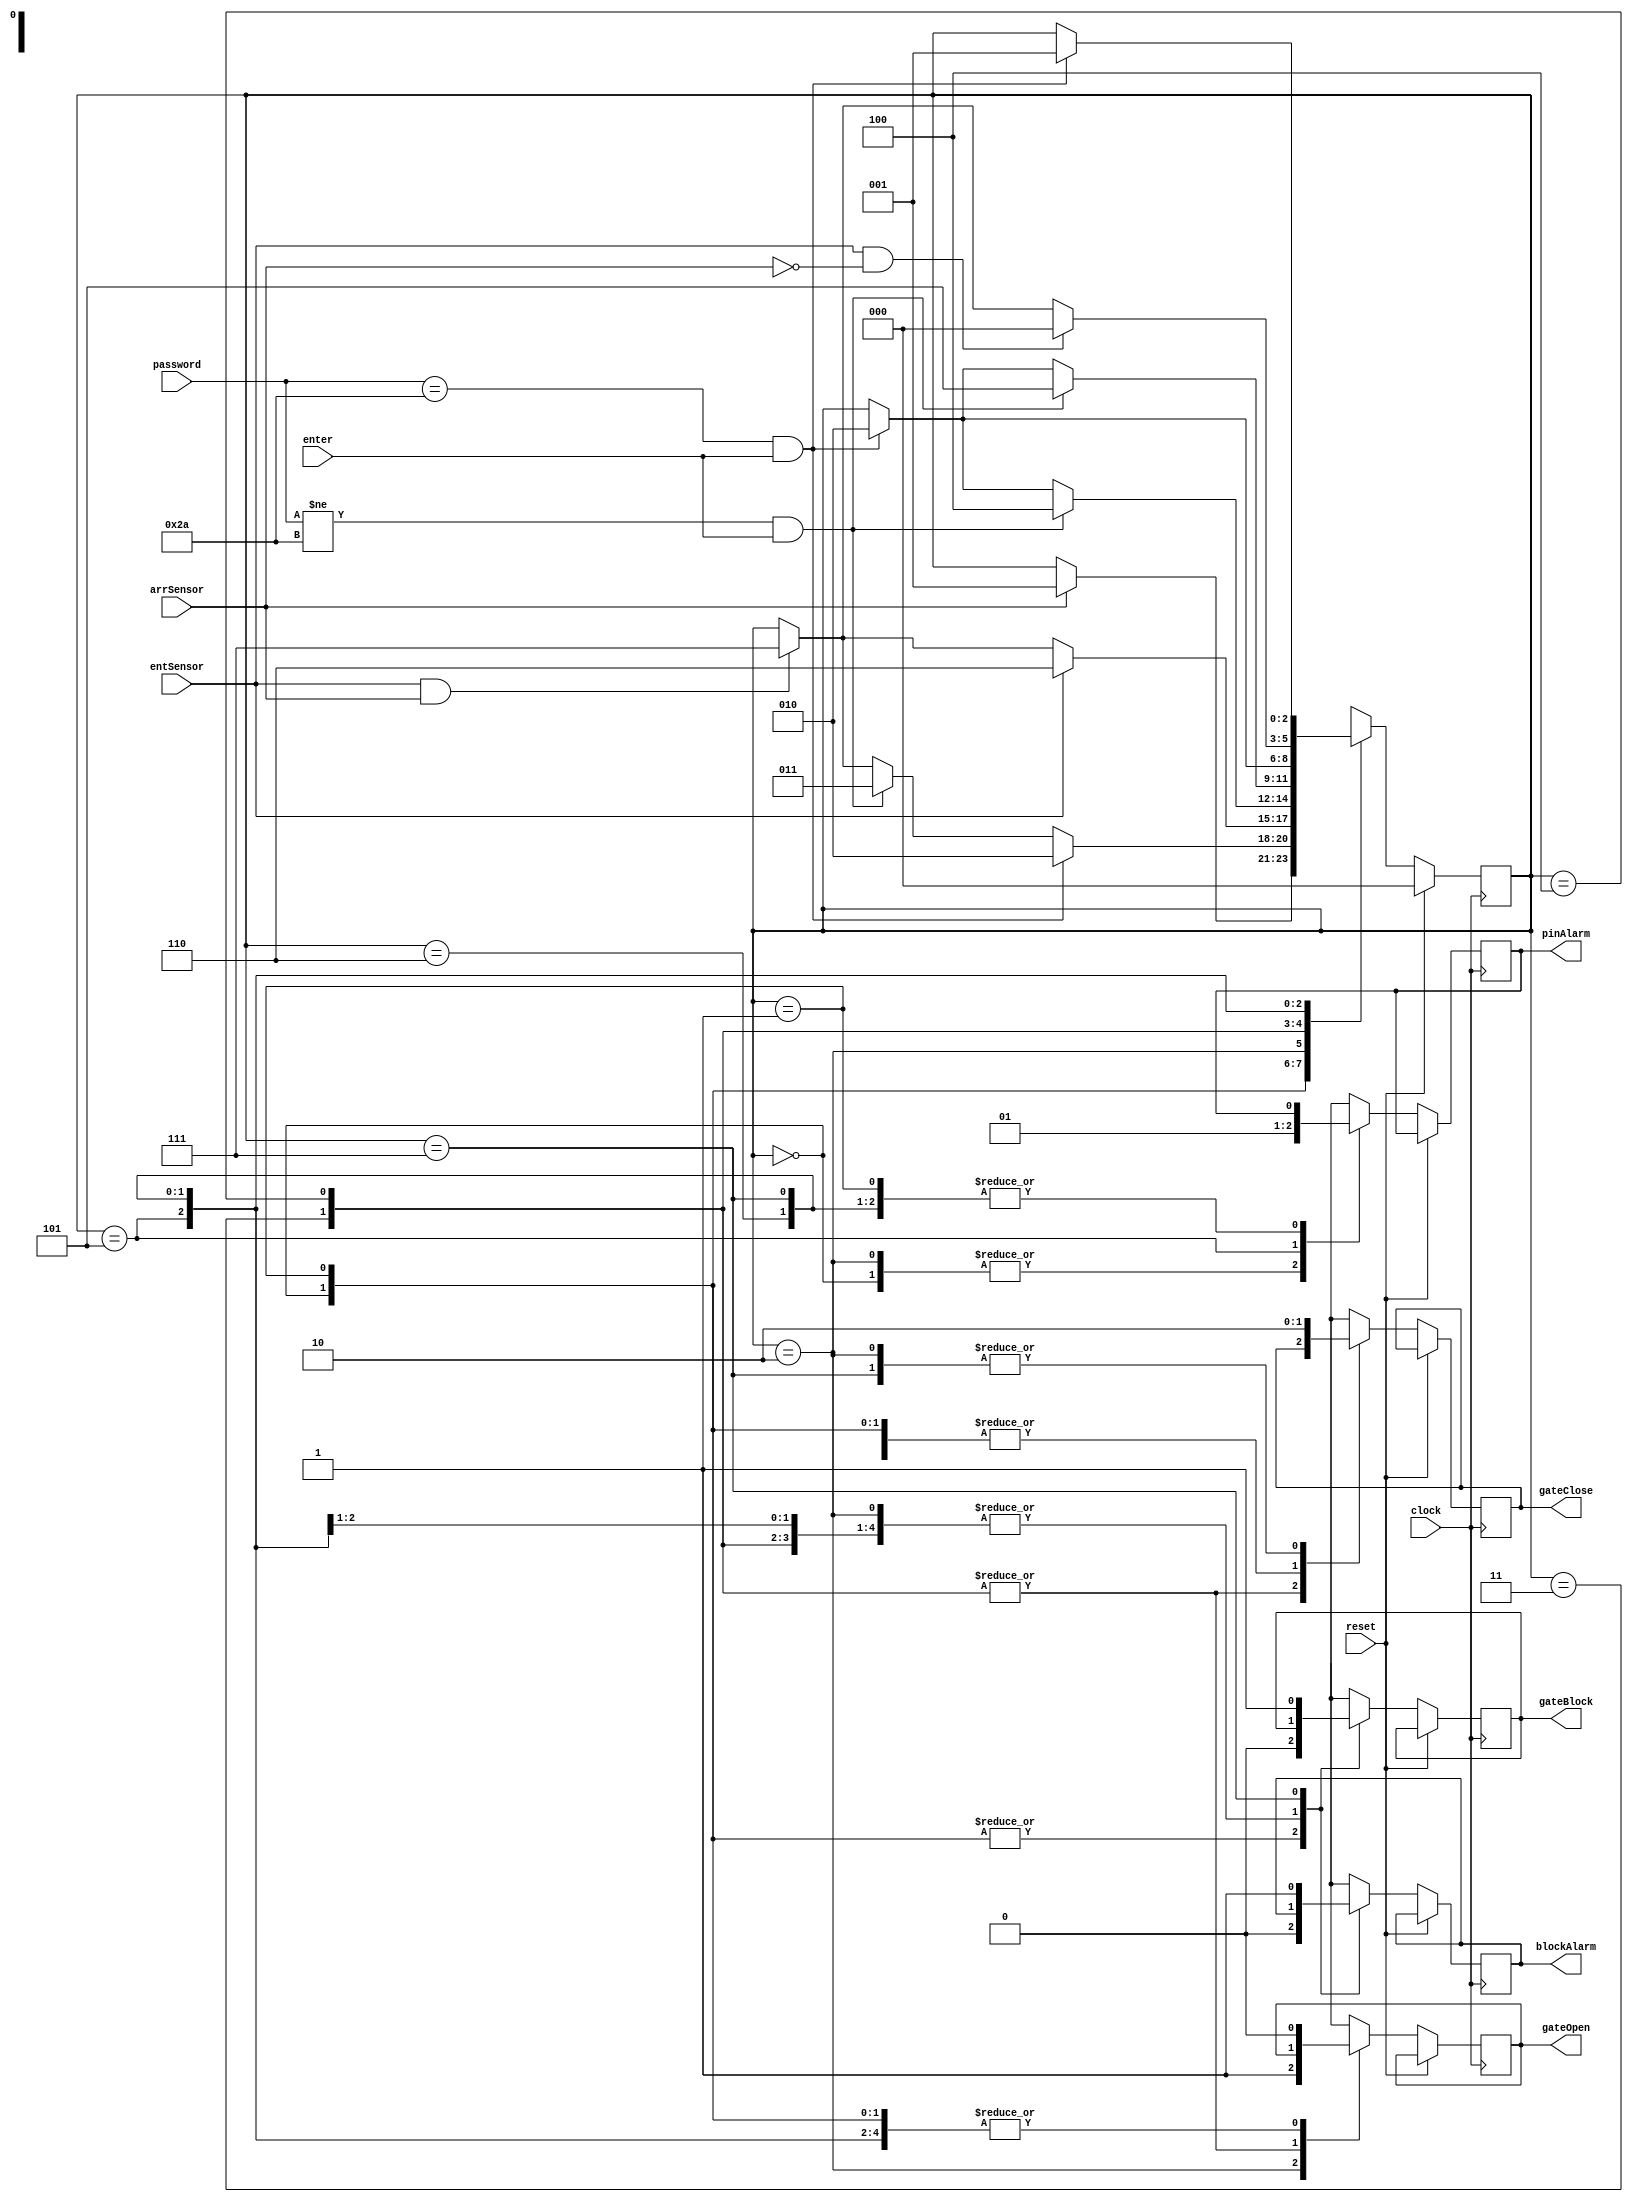
// This program was cloned from: https://github.com/menesesj6/DigitalesII
// License: MIT License

module controller (
    input wire clock, reset,
    input wire arrSensor, entSensor, enter,
    input wire [7:0] password,
    output reg pinAlarm, blockAlarm, gateOpen, gateClose, gateBlock
);

reg [2:0] state;
reg [2:0] nextstate;
reg nextpinAlarm, nextblockAlarm, nextgateOpen, nextgateClose, nextgateBlock;

// Contrasena correcta
parameter corrPass = 8'b00101010;
// Estados
parameter a = 3'b000; // Esperando vehiculo
parameter b = 3'b001; // Esperando contrasena
parameter c = 3'b010; // Contrasena correcta
parameter d = 3'b011; // Contrasena incorrecta 1 vez
parameter e = 3'b100; // Contrasena incorrecta 2 veces
parameter f = 3'b101; // Contrasena incorrecta 3+ veces
parameter g = 3'b110; // Vehiculo ya entro
parameter h = 3'b111; // Compuerta bloqueada



// Memoria de estados y salidas, FFs
always @(posedge clock) begin
    if (reset) begin
        state <= a;
    end else begin
        state <= nextstate;
        pinAlarm <= nextpinAlarm;
        blockAlarm <= nextblockAlarm;
        gateOpen <= nextgateOpen;
        gateClose <= nextgateClose;
        gateBlock <= nextgateBlock;
    end
end


always @(*)begin
// Valores por defecto para cerrar comportamiento de los FF
    nextstate = state;
    nextpinAlarm = pinAlarm;
    nextblockAlarm = blockAlarm;
    nextgateOpen = gateOpen;
    nextgateClose = gateClose;
    nextgateBlock = gateBlock;
// Calculo de proximo estado y salidas
case (state)
    a:  
        begin
            nextpinAlarm = 0;
            nextblockAlarm = 0;
            nextgateOpen = 0;
            nextgateClose = 1;
            nextgateBlock = 0;
            if (arrSensor) nextstate = b;
        end
            
    b: 
        begin
            nextgateBlock = 0;
            nextgateClose = 1;
            nextgateOpen = 0;
            nextblockAlarm = 0;
            if (password == corrPass && enter) begin
                nextstate = c;
            end else if (password != corrPass && enter) nextstate = d;
            else if (arrSensor && entSensor) nextstate = h;
        end

    c:
        begin
            nextgateOpen = 1;
            nextgateClose = 0;
            nextpinAlarm = 0;
            if (entSensor) begin
                nextstate = g;
            end else if (arrSensor && entSensor) begin
                nextstate = h;
            end
        end

    d:
        if (password != corrPass && enter) nextstate = e;
        else if (password == corrPass && enter) nextstate = c;

    e:
        if (password != corrPass && enter) begin
            nextstate = f;
        end else if (password == corrPass && enter) nextstate = c;

    f:
        begin
            nextpinAlarm = 1;
            nextgateClose = 1;
            nextgateOpen = 0;
            if (password == corrPass && enter) begin
                nextstate = c;
            end
        end

    g:
        begin
            nextgateClose = 1;
            nextgateOpen = 0;
            if (entSensor && !arrSensor) begin
                nextstate = a;
            end else if (entSensor && arrSensor) begin
                nextstate = h;
            end
        end

    h:
        begin
            nextgateBlock = 1;
            nextgateClose = 0;
            nextgateOpen = 0;
            nextblockAlarm = 1;
        if (enter && password == corrPass) begin
            nextstate = b;
        end
        end

endcase

end

endmodule